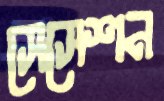
সেসেশন